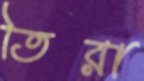
তিরা